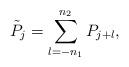
LaTeX: \begin{align*} \tilde{P}_j = \sum_{l=-{n_1}}^{n_2} P_{j+l},\end{align*}